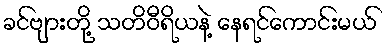
ခင်ဗျားတို့ သတိဝီရိယနဲ့ နေရင်ကောင်းမယ်